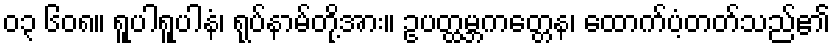
၀၃ ၆၀၈။ ရူပါရူပါနံ၊ ရုပ်နာမ်တို့အား။ ဥပတ္ထမ္ဘကတ္တေန၊ ထောက်ပံ့တတ်သည်၏